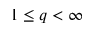
1 \leq q < \infty